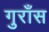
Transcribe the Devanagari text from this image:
गुराँस